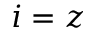
i = z